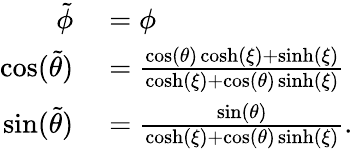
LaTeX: \begin{array}{rl}{\tilde{\phi}}&{{}=\phi}\\ {\cos(\tilde{\theta})}&{{}=\frac{\cos(\theta)\cosh(\xi)+\sinh(\xi)}{\cosh(\xi)+\cos(\theta)\sinh(\xi)}}\\ {\sin(\tilde{\theta})}&{{}=\frac{\sin(\theta)}{\cosh(\xi)+\cos(\theta)\sinh(\xi)}.}\end{array}